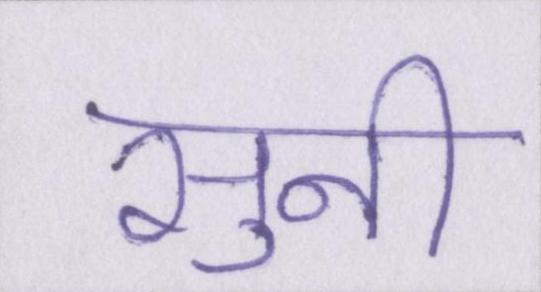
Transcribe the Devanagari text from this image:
सुनी